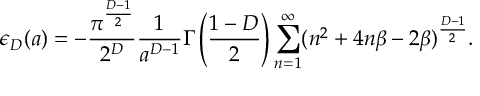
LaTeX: \epsilon _ { D } ( a ) = - \frac { \pi ^ { \frac { D - 1 } { 2 } } } { 2 ^ { D } } \frac { 1 } { a ^ { D - 1 } } \Gamma \left( \frac { 1 - D } { 2 } \right) \sum _ { n = 1 } ^ { \infty } ( n ^ { 2 } + 4 n \beta - 2 \beta ) ^ { \frac { D - 1 } { 2 } } .